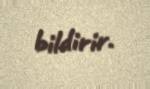
bildirir.